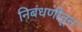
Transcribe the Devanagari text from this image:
निबंधणीतून